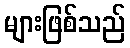
များဖြစ်သည်